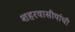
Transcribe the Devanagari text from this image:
शहरवासीयांची